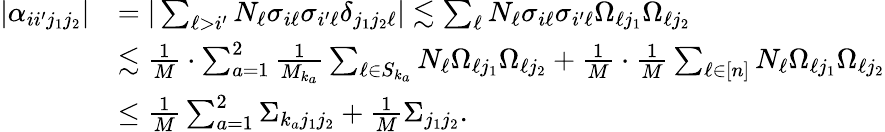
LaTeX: \begin{array}{rl}{|\alpha_{ii^{\prime}j_{1}j_{2}}|}&{=|\sum_{\ell>i^{\prime}}N_{\ell}\sigma_{i\ell}\sigma_{i^{\prime}\ell}\delta_{j_{1}j_{2}\ell}|\lesssim\sum_{\ell}N_{\ell}\sigma_{i\ell}\sigma_{i^{\prime}\ell}\Omega_{\ell j_{1}}\Omega_{\ell j_{2}}}\\ &{\lesssim\frac{1}{M}\cdot\sum_{a=1}^{2}\frac{1}{M_{k_{a}}}\sum_{\ell\in S_{k_{a}}}N_{\ell}\Omega_{\ell j_{1}}\Omega_{\ell j_{2}}+\frac{1}{M}\cdot\frac{1}{M}\sum_{\ell\in[n]}N_{\ell}\Omega_{\ell j_{1}}\Omega_{\ell j_{2}}}\\ &{\leq\frac{1}{M}\sum_{a=1}^{2}\Sigma_{k_{a}j_{1}j_{2}}+\frac{1}{M}\Sigma_{j_{1}j_{2}}.}\end{array}